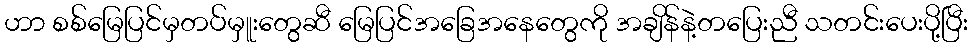
ဟာ စစ်မြေပြင်မှတပ်မှူးတွေဆီ မြေပြင်အခြေအနေတွေကို အချိန်နဲ့တပြေးညီ သတင်းပေးပို့ပြီး